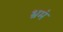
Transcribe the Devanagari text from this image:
भ्रमं